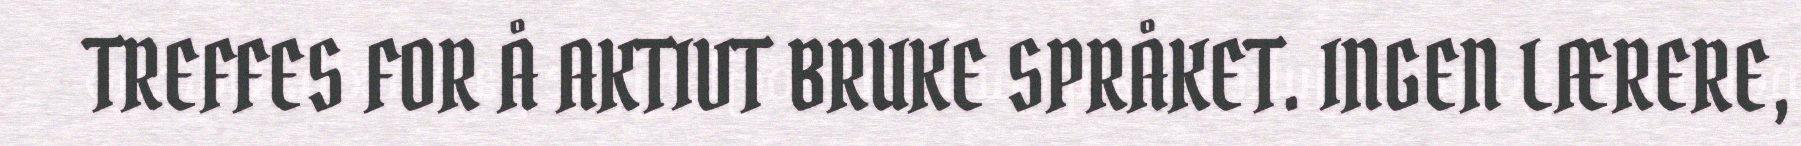
TREFFES FOR Å AKTIVT BRUKE SPRÅKET. INGEN LÆRERE,